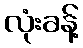
လုံးခန့်